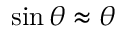
\sin \theta \approx \theta